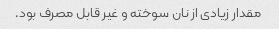
مقدار زیادی از نان سوخته و غیر قابل مصرف بود.